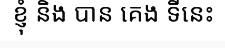
ខ្ញុំ និង បាន គេង ទីនេះ